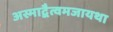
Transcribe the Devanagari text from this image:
अस्माद्वैत्वमजायथा